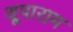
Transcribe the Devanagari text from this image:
थूपाराम